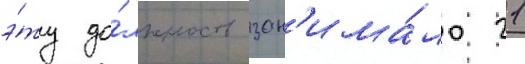
э́ту до́лжность зан'има́ло 21